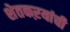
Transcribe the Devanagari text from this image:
शेतकऱयांची